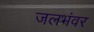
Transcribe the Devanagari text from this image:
जलभंवर